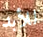
للأبد